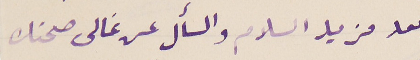
بعد مزيد السلام والسأل عن غالى صحتك